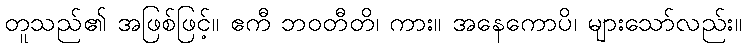
တူသည်၏ အဖြစ်ဖြင့်။ ဧကီ ဘဝတီတိ၊ ကား။ အနေကောပိ၊ များသော်လည်း။